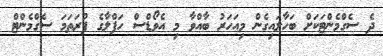
ދެ ސެގްމެންޓަކަށް ބަހާލައިގެން މިއަހަރު ބާއްވާ މި އެވޯޑްސް ހަފްލާގެ ފުރަތަމަ ސެގްމެންޓް